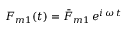
F _ { m 1 } ( t ) = \bar { F } _ { m 1 } \, e ^ { i \, \omega \, t }